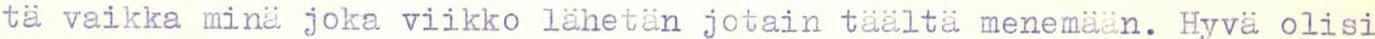
ta vaikka minä joka viikko lähetän jotain täältä menemään. Hyvä olisi